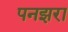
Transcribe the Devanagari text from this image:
पनझरा